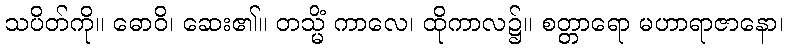
သပိတ်ကို။ ဓောဝိ၊ ဆေး၏။ တသ္မိံ ကာလေ၊ ထိုကာလ၌။ စတ္တာရော မဟာရာဇာနော၊